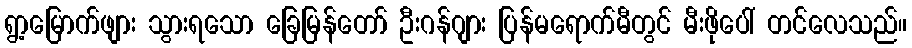
ရွာ့မြောက်ဖျား သွားရသော ခြေမြန်တော် ဦးဂန်ဂျား ပြန်မရောက်မီတွင် မီးဖိုပေါ် တင်လေသည်။